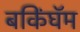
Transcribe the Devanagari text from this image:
बकिंघॅम